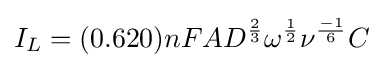
I_{L}=(0.620)nFAD^{\frac {2}{3}}\omega ^{\frac {1}{2}}\nu ^{\frac {-1}{6}}C